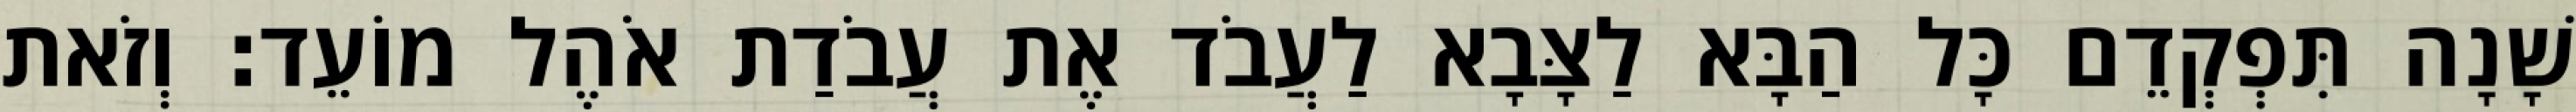
שָׁנָה תִּפְקְדֵם כָּל הַבָּא לַצָּבָא לַעֲבֹד אֶת עֲבֹדַת אֹהֶל מוֹעֵד׃ וְזֹאת